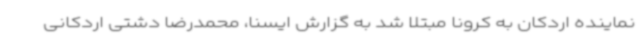
نماینده اردکان به کرونا مبتلا شد به گزارش ایسنا، محمدرضا دشتی اردکانی